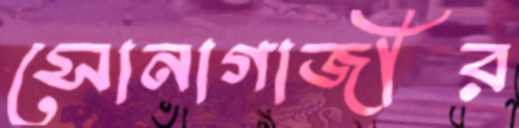
সোনাগাজীর